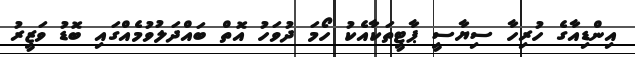
އިންޑިއާގެ ހުރިހާ ސިޔާސީ ޕާޓީތަކާއެކު ހޯމަ ދުވަހު އޮތް ބައްދަލުވުމެއްގައި ބޮޑު ވަޒީރު